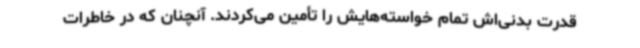
قدرت بدنی‌اش تمام خواسته‌هایش را تأمین می‌کردند. آنچنان که در خاطرات